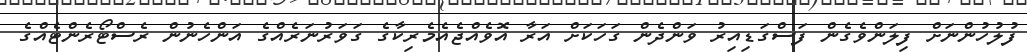
ފުލުހުންނަށް ފިލަންވެގެން ފަސްގަޑިއިރު ވަންދެން ގަހަކަށް އަރާ އޮވެއްޖެއެމެރިކާގެ ގަވަރުނަރެއްގެ އަންހެނުން ރެސްޓޯރެންޓެއްގެ